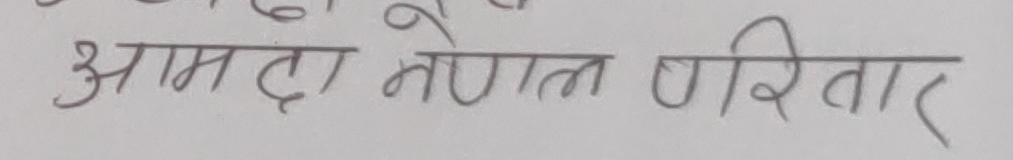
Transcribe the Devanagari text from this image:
आमदा तेगुल परिवार